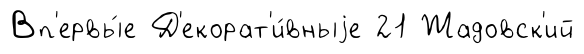
Вп'ервы́е Д'екорат'и́вныjе 21 Жадовск'ий